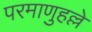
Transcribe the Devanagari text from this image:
परमाणुहल्ले